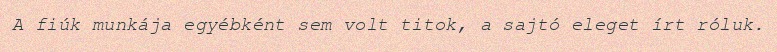
A fiúk munkája egyébként sem volt titok, a sajtó eleget írt róluk.